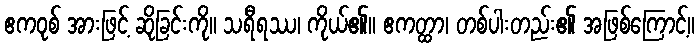
ဧကဝုစ် အားဖြင့် ဆိုခြင်းကို။ သရီရဿ၊ ကိုယ်၏။ ဧကတ္ထာ၊ တစ်ပါးတည်း၏ အဖြစ်ကြောင့်။